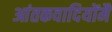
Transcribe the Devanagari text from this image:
आंतकवादियोंमैं